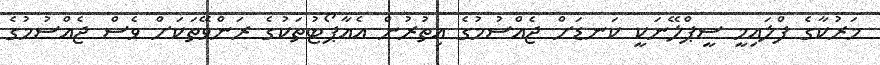
މަރުކާގެ ފްލައިމީ ސީޕްލޭނަކީ ކަނޑަށް ޖެއްސުމުގެ އިތުރުން އެއާޕޯޓުތަކުގެ ރަންވޭތަކަށް ވެސް ޖެއްސުމުގެ